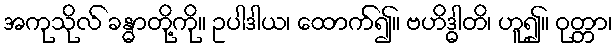
အကုသိုလ် ခန္ဓာတို့ကို။ ဥပါဒါယ၊ ထောက်၍။ ဗဟိဒ္ဓါတိ၊ ဟူ၍။ ဝုတ္တာ၊